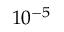
1 0 ^ { - 5 }